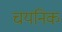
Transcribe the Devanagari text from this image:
चयनिक